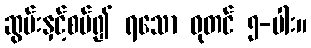
ဆွမ်းနှင့်စပ်၍ ရသော ဓုတင် ၅-ပါး။